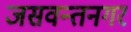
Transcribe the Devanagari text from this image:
जसवन्तनगर